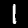
Digit: 1